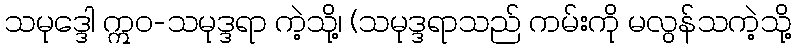
သမုဒ္ဒေါ ဣဝ-သမုဒ္ဒရာ ကဲ့သို့၊ (သမုဒ္ဒရာသည် ကမ်းကို မလွန်သကဲ့သို့